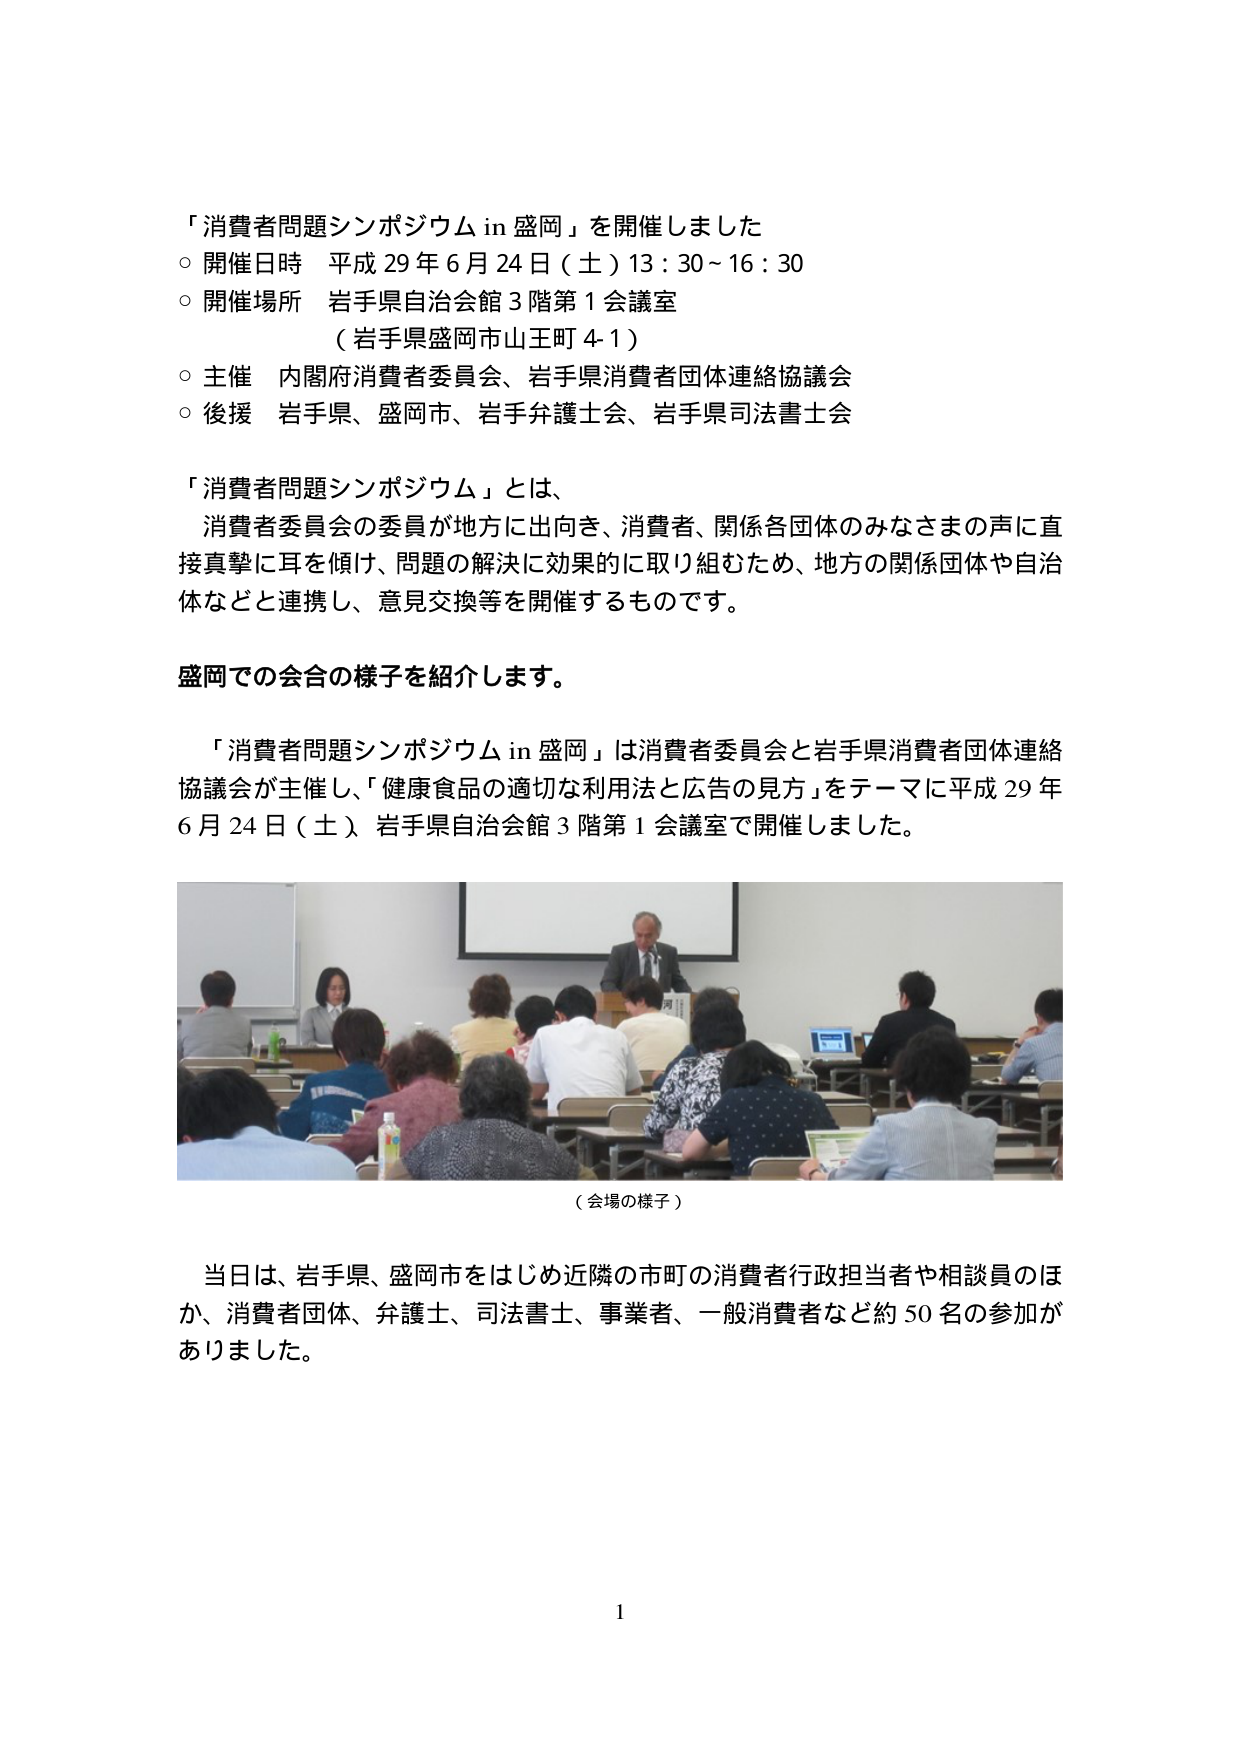
「消費者問題シンポジウム in 盛岡」を開催しました
○ 開催日時 平成 29 年 6 月 24 日（土）13：30～16：30
○ 開催場所 岩手県自治会館 3 階第 1 会議室
　（岩手県盛岡市山王町 4-1）
○ 主催 内閣府消費者委員会、岩手県消費者団体連絡協議会
○ 後援 岩手県、盛岡市、岩手弁護士会、岩手県司法書士会

「消費者問題シンポジウム」とは、
　消費者委員会の委員が地方に出向き、消費者、関係各団体のみなさまの声に直接真摯に耳を傾け、問題の解決に効果的に取り組むため、地方の関係団体や自治体などと連携し、意見交換等を開催するものです。

盛岡での会合の様子を紹介します。

　「消費者問題シンポジウム in 盛岡」は消費者委員会と岩手県消費者団体連絡協議会が主催し、「健康食品の適切な利用法と広告の見方」をテーマに平成 29 年 6 月 24 日（土）岩手県自治会館 3 階第 1 会議室で開催しました。

（会場の様子）

　当日は、岩手県、盛岡市をはじめ近隣の市町の消費者行政担当者や相談員のほか、消費者団体、弁護士、司法書士、事業者、一般消費者など約 50 名の参加がありました。

1